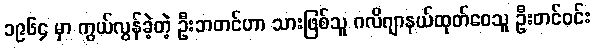
၁၉၆၄ မှာ ကွယ်လွန်ခဲ့တဲ့ ဦးဘတင်ဟာ သားဖြစ်သူ ဂလိဂျာနယ်ထုတ်ဝေသူ ဦးတင်ဝင်း